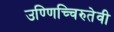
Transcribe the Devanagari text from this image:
उण्णिच्चिरुतेवी